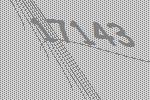
17143